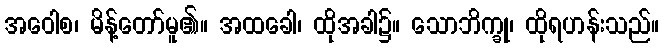
အဝေါစ၊ မိန့်တော်မူ၏။ အထခေါ၊ ထိုအခါ၌။ သောဘိက္ခု၊ ထိုရဟန်းသည်။